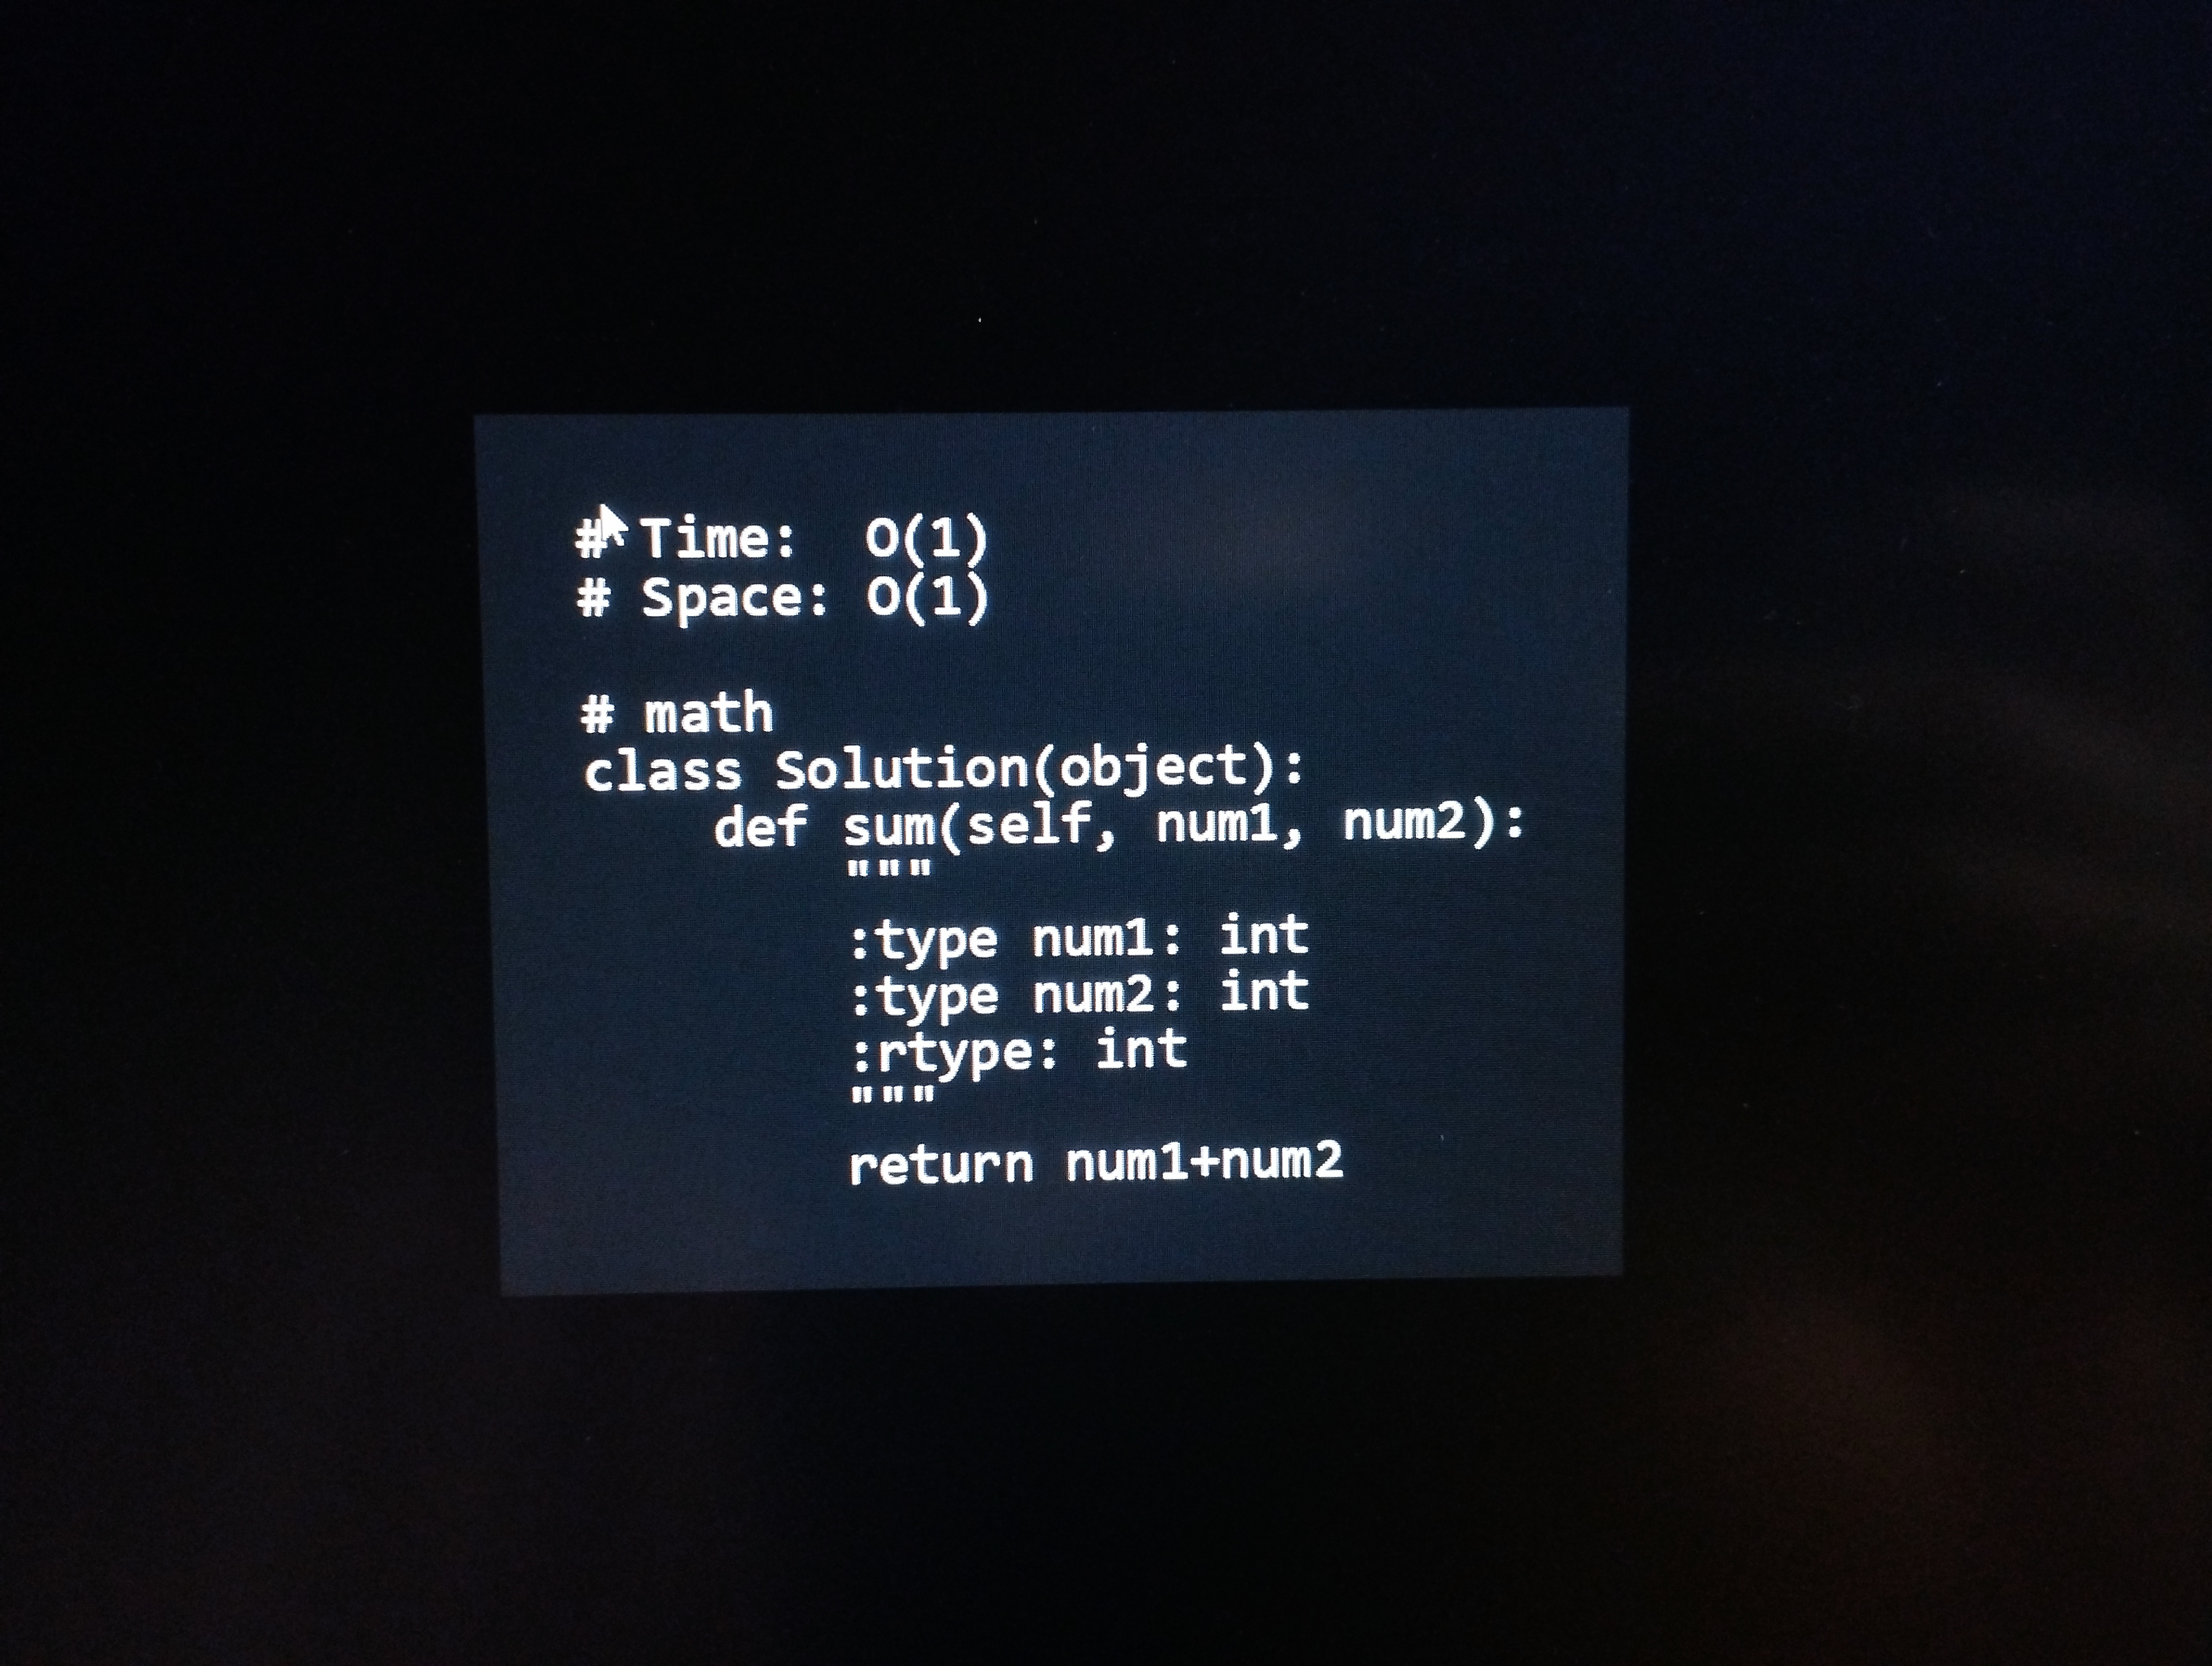
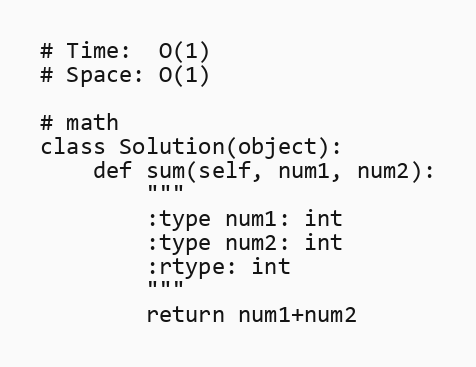
# Time:  O(1)
# Space: O(1)

# math
class Solution(object):
    def sum(self, num1, num2):
        """
        :type num1: int
        :type num2: int
        :rtype: int
        """
        return num1+num2